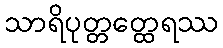
သာရိပုတ္တတ္ထေရဿ